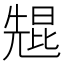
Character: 𫤠